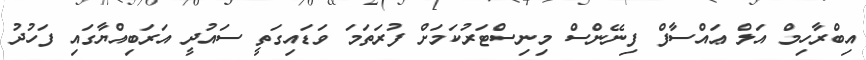
އިބްރާހިމް އަލް ޢައްސާފް ފިނޭންސް މިނިސްޓަރުކަމަށް ފުރަތަމަ ވަޑައިގަތީ ސައުދީ އަރަބިއްޔާގައި ފަހުދު